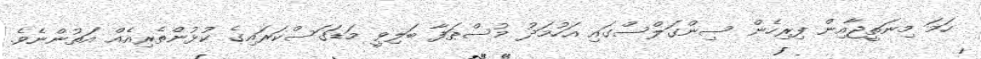
ހަމަ މިނަތީޖާއިން ފިރިހެން ސިންގަލްސްގައި އަހުމަދު މުސްޠަފާ ބަލިވީ މަޑަގަސްކަރައިގެ ކުޅުންތެރިއެއް އަތުންނެވެ.